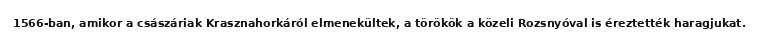
1566-ban, amikor a császáriak Krasznahorkáról elmenekültek, a törökök a közeli Rozsnyóval is éreztették haragjukat.